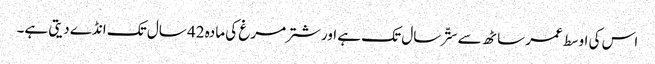
اس کی اوسط عمر ساٹھ سے ستّر سال تک ہے اور شتر مرغ کی مادہ 42 سال تک انڈے دیتی ہے۔